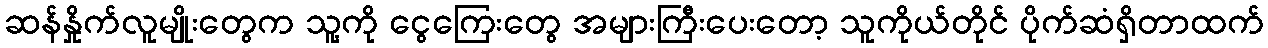
ဆန်နှိုက်လူမျိုးတွေက သူ့ကို ငွေကြေးတွေ အများကြီးပေးတော့ သူကိုယ်တိုင် ပိုက်ဆံရှိတာထက်